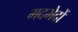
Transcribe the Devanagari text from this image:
मदभेदों